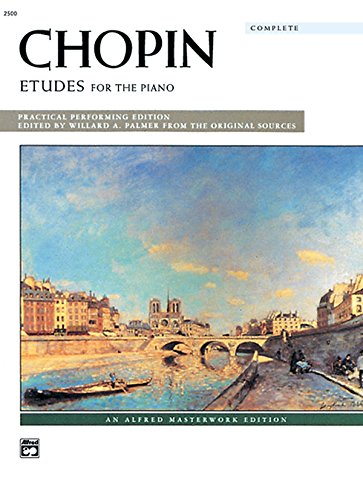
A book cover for Etudes For the Piano: Complete (Alfred Masterwork Editions); Chopin; Humor & Entertainment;